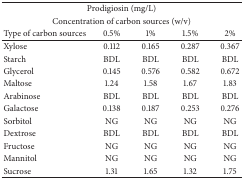
<table><thead><tr><td colspan="5"><b>Prodigiosin (mg/L)</b></td></tr><tr><td colspan="5"><b>Concentration of carbon sources (w/v)</b></td></tr><tr><td><b>Type of carbon sources</b></td><td><b>0.5%</b></td><td><b>1%</b></td><td><b>1.5%</b></td><td><b>2%</b></td></tr></thead><tbody><tr><td>Xylose</td><td>0.112</td><td>0.165</td><td>0.287</td><td>0.367</td></tr><tr><td>Starch</td><td>BDL</td><td>BDL</td><td>BDL</td><td>BDL</td></tr><tr><td>Glycerol</td><td>0.145</td><td>0.576</td><td>0.582</td><td>0.672</td></tr><tr><td>Maltose</td><td>1.24</td><td>1.58</td><td>1.67</td><td>1.83</td></tr><tr><td>Arabinose</td><td>BDL</td><td>BDL</td><td>BDL</td><td>BDL</td></tr><tr><td>Galactose</td><td>0.138</td><td>0.187</td><td>0.253</td><td>0.276</td></tr><tr><td>Sorbitol</td><td>NG</td><td>NG</td><td>NG</td><td>NG</td></tr><tr><td>Dextrose</td><td>BDL</td><td>BDL</td><td>BDL</td><td>BDL</td></tr><tr><td>Fructose</td><td>NG</td><td>NG</td><td>NG</td><td>NG</td></tr><tr><td>Mannitol</td><td>NG</td><td>NG</td><td>NG</td><td>NG</td></tr><tr><td>Sucrose</td><td>1.31</td><td>1.65</td><td>1.32</td><td>1.75</td></tr></tbody></table>